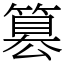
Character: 篡